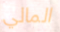
المالي